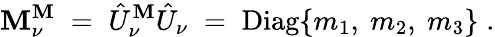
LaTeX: {\cal\mathbf{M}}_{\nu}^{\mathrm{{\mathbf{M}}}}\; =\; \hat{{U}}_{\nu}^{\mathrm{{\mathbf{M}}}}\hat{{U}}_{\nu}\; =\; \mathrm{{Diag}}\{ m_{1},~m_{2},~m_{3}\} \; .